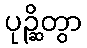
ပုဉ္ဆိတွာ